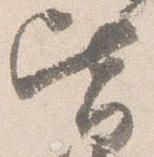
皆